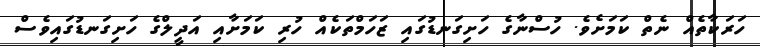
ހަރަކާތެއް ނެތް ކަމަށެވެ. ހުސްނާގެ ހަށިގަނޑުގައި ޒަހަމްތަކެއް ހުރި ކަމަށާއި އަދީލްގެ ހަށިގަނޑުގައިވެސް